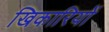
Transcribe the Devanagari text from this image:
खिकारियों